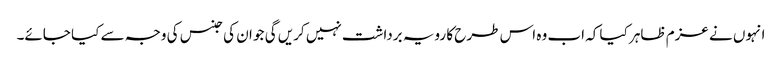
انہوں نے عزم ظاہر کیا کہ اب وہ اس طرح کا رویہ برداشت نہیں کریں گی جو ان کی جنس کی وجہ سے کیا جائے۔